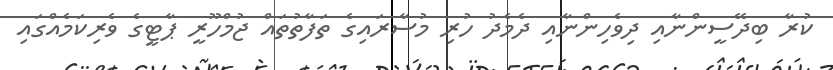
ކުރާ ބިދޭސީންނާއި ދިވެހިންނާއި ދެމެދު ހުރި މުސާރައިގެ ތަފާތުތައް ޖުމްހޫރީ ޕާޓީގެ ވެރިކަމެއްގައި